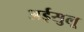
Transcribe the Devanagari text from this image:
अईसुलू